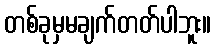
တစ်ခုမှမချက်တတ်ပါဘူး။